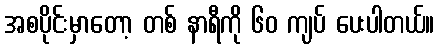
အစပိုင်းမှာတော့ တစ် နာရီကို ၆၀ ကျပ် ပေးပါတယ်။